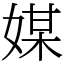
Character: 媒